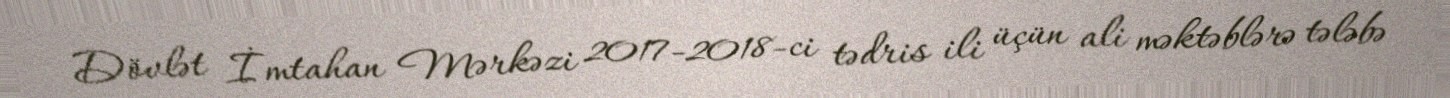
Dövlət İmtahan Mərkəzi 2017-2018-ci tədris ili üçün ali məktəblərə tələbə